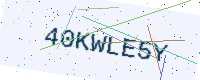
Text: 40KWLE5Y